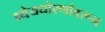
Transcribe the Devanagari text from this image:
ध्येयधोरणांवरून